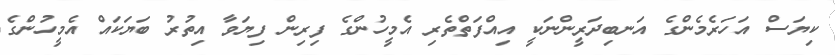
ކިޔަސް އަހަރެމެންގެ އަނބިދަރީންނަކީ އިއްފަތްތެރި އެމީހުންގެ ފިރިން ފިޔަވާ އިތުރު ބަޔަކައް އެމީހުންގެ